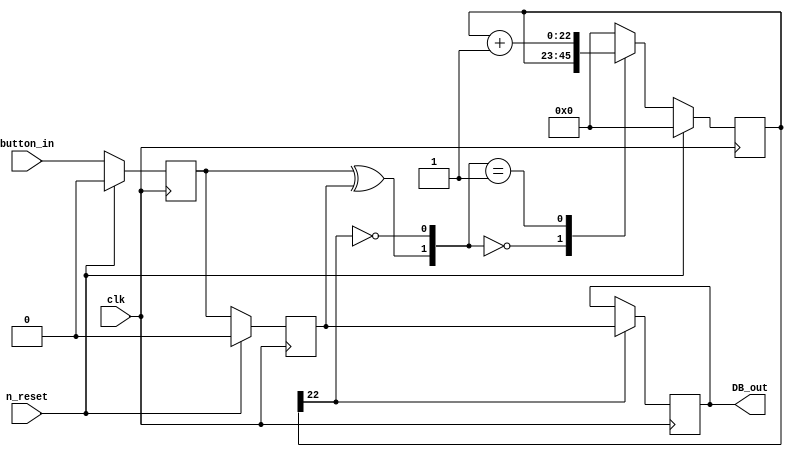
module DeBouncer(input 		 clk, n_reset, button_in,				
					  output reg DB_out);
	parameter N = 23 ;
	reg  [N-1 : 0]	q_reg;							
	reg  [N-1 : 0]	q_next;
	reg DFF1, DFF2;									
	wire q_add;											
	wire q_reset;
	assign q_reset = (DFF1  ^ DFF2);		
	assign  q_add = ~(q_reg[N-1]);			
	always @ ( q_reset, q_add, q_reg)
		case( {q_reset , q_add})
			2'b00:   q_next <= q_reg;
			2'b01:   q_next <= q_reg + 1;
			default: q_next <= { N {1'b0} };
		endcase 	
	always@(posedge clk)
		if(n_reset ==  1'b1)
		begin
			DFF1 <= 1'b0;
			DFF2 <= 1'b0;
			q_reg <= { N {1'b0} };
		end
		else
		begin
			DFF1 <= button_in;
			DFF2 <= DFF1;
			q_reg <= q_next;
		end
	always@(posedge clk)
		if(q_reg[N-1] == 1'b1)
			DB_out <= DFF2;
		else
			DB_out <= DB_out;
endmodule